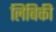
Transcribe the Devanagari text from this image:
लिबिकी